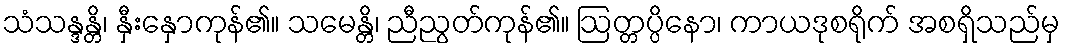
သံသန္ဒန္တိ၊ နှီးနှောကုန်၏။ သမေန္တိ၊ ညီညွတ်ကုန်၏။ ဩတ္တပ္ပိနော၊ ကာယဒုစရိုက် အစရှိသည်မှ